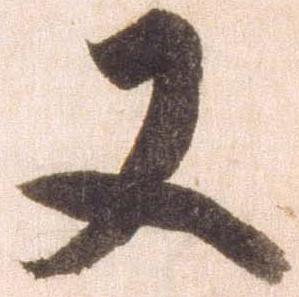
又